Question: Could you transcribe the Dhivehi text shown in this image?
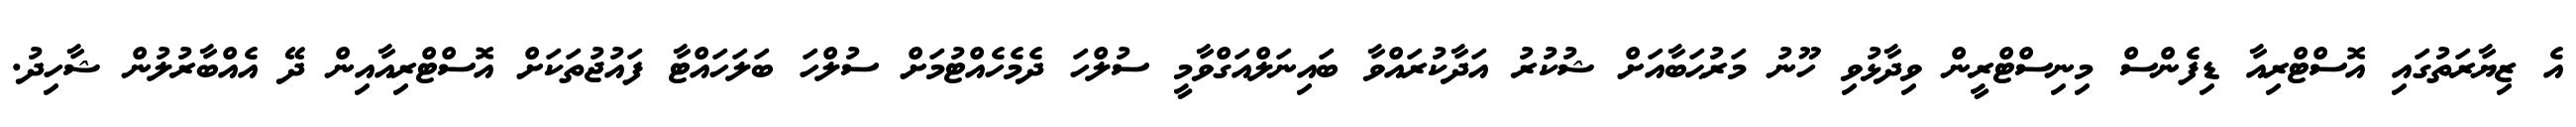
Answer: އެ ޒިޔާރަތުގައި އޮސްޓްރިއާ ޑިފެންސް މިނިސްޓްރީން ވިދާޅުވި ހޫނު މަރުޙަބާއަށް ޝުކުރު އަދާކުރައްވާ ބައިނަލްއަގްވާމީ ސުލްހަ ދެމެހެއްޓުމަށް ސުލްހަ ބަލަހައްޓާ ފައުޖުތަކަށް އޮސްޓްރިއާއިން ދޭ އެއްބާރުލުން ޝާހިދު.